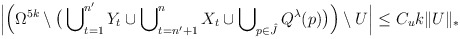
\begin{align*} \Big|\Big(\Omega^{5k} \setminus \big( \bigcup\nolimits^{n'}_{t=1} Y_t \cup \bigcup\nolimits^{n}_{t=n'+1} X_t \cup \bigcup\nolimits_{p \in \hat{J}} Q^\lambda(p) \big) \Big) \setminus U\Big| \le C_u k \Vert U\Vert_*\end{align*}